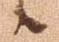
候